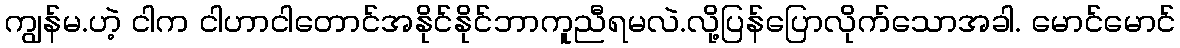
ကျွန်မ.ဟဲ့ ငါက ငါဟာငါတောင်အနိုင်နိုင်ဘာကူညီရမလဲ.လို့ပြန်ပြောလိုက်သောအခါ. မောင်မောင်